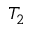
T _ { 2 }